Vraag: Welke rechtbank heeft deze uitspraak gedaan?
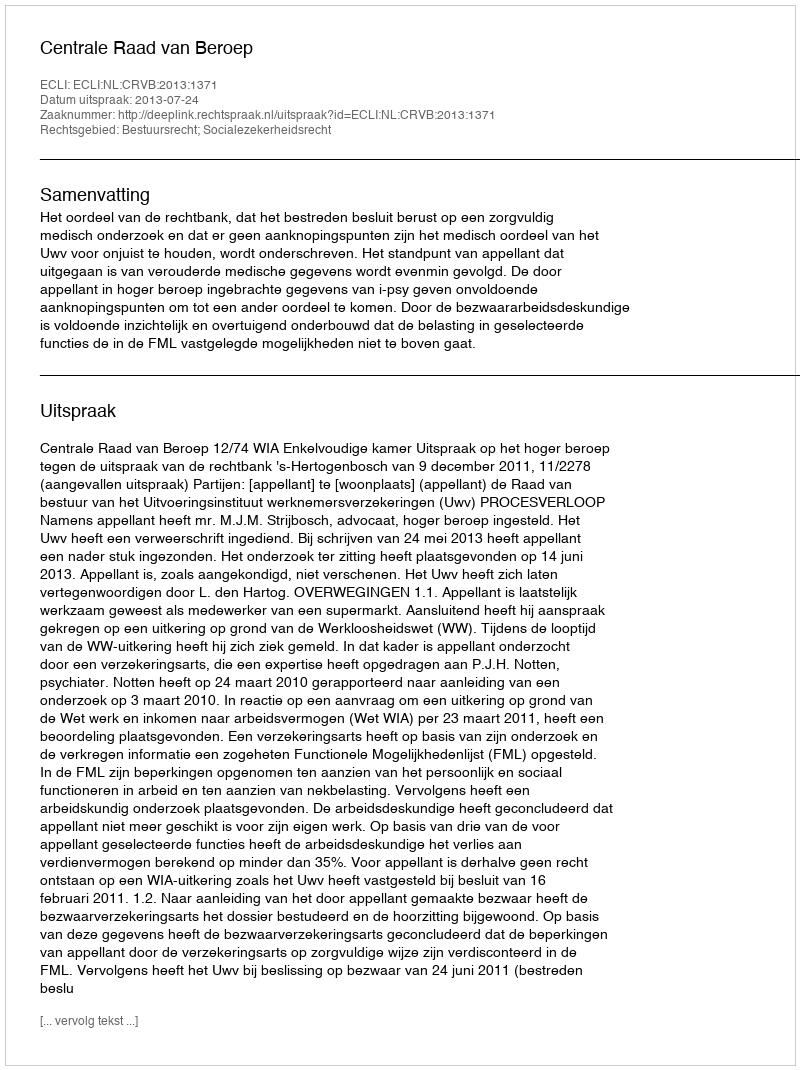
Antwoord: Centrale Raad van Beroep